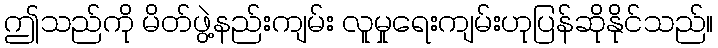
ဤသည်ကို မိတ်ဖွဲ့နည်းကျမ်း လူမှုရေးကျမ်းဟုပြန်ဆိုနိုင်သည်။